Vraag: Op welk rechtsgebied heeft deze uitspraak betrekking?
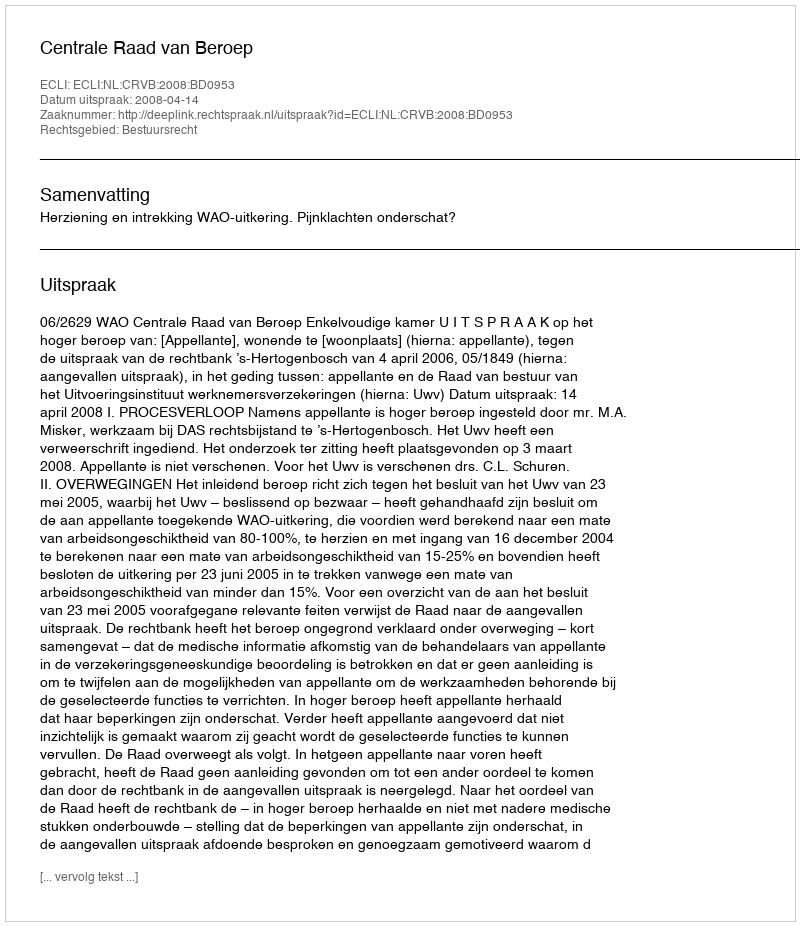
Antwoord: Bestuursrecht